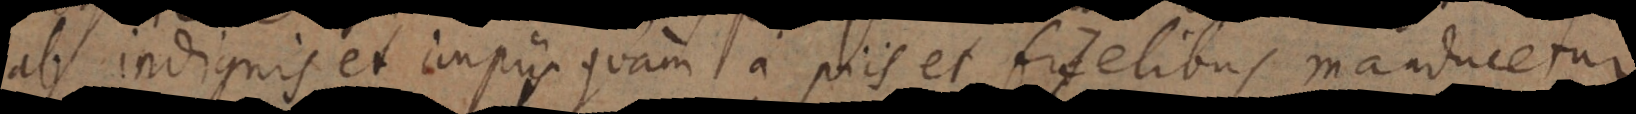
ab indignis et impiis quam a piis et fidelibus manducetur,